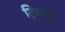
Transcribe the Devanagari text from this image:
ट्रिम्फ